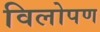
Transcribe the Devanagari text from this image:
विलोपण